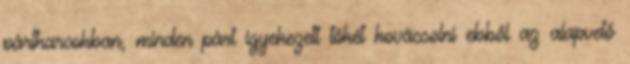
pártharcokban, minden párt igyekezett tőkét kovácsolni ebből az alapvető